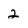
Character: 2